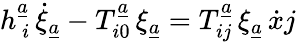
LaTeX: h_{\ i}^{\underline{{{a}}}}\, \dot{\xi}_{\underline{{{a}}}}-T_{i0}^{\underline{{{a}}}}\, \xi_{\underline{{{a}}}}=T_{ij}^{\underline{{{a}}}}\, \xi_{\underline{{{a}}}}\, {\dot{x}j}